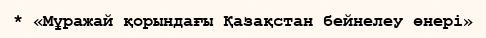
* «Мұражай қорындағы Қазақстан бейнелеу өнері»